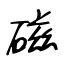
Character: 磁